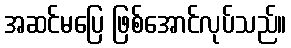
အဆင်မပြေ ဖြစ်အောင်လုပ်သည်။